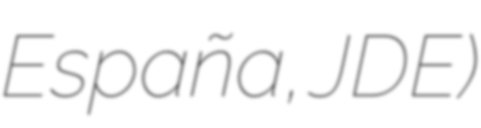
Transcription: España, JDE)